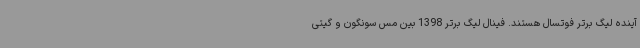
آینده لیگ برتر فوتسال هستند. فینال لیگ برتر 1398 بین مس سونگون و گیتی